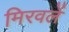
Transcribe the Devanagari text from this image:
मिरवलें